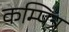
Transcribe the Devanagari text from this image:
कम्पित्र